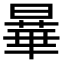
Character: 曅